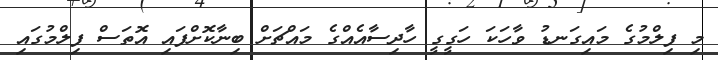
މި ފިލްމުގެ މައިގަނޑު ވާހަކަ ހަގީގީ ހާދިސާއެއްގެ މައްޗަށް ބިނާކޮށްފައި އޮތަސް ފިލްމުގައި